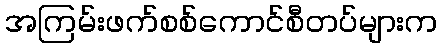
အကြမ်းဖက်စစ်ကောင်စီတပ်များက